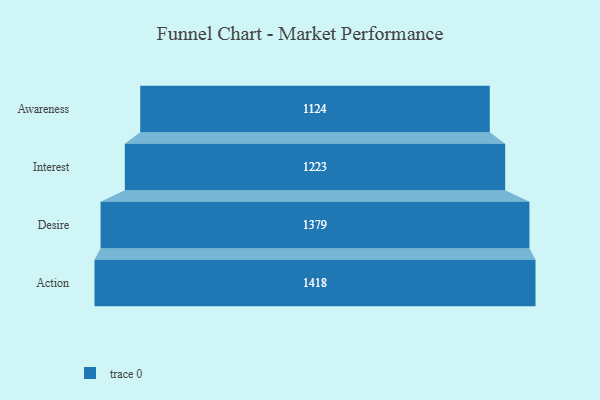
{"axis": {"x": "Stage", "y": "Value"}, "legend": [""], "data": [{"x": "Awareness", "y": 1124.0, "type": ""}, {"x": "Interest", "y": 1223.0, "type": ""}, {"x": "Desire", "y": 1379.0, "type": ""}, {"x": "Action", "y": 1418.0, "type": ""}]}